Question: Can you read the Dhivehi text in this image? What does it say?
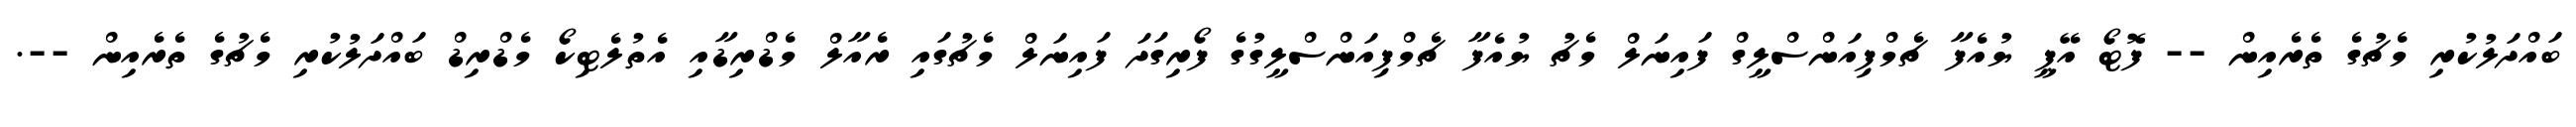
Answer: ބައްދަލުކުރި މެޗުގެ ތެރެއިން -- ފޮޓޯ އޭޕީ ޔުއެފާ ޗެމްޕިއަންސްލީގް ފައިނަލް މެޗު ޔުއެފާ ޗެމްޕިއަންސްލީގުގެ ފޯރިގަދަ ފައިނަލް މެޗުގައި ރެއާލް މެޑްރިޑާއި އެތުލެޓިކޯ މެޑްރިޑް ބައްދަލުކުރި މެޗުގެ ތެރެއިން --.